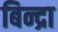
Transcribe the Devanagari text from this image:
बिन्द्रा